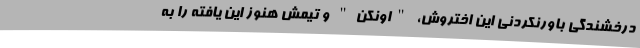
درخشندگی باورنکردنی این اختروش، "اونکن" و تیمش هنوز این یافته را به